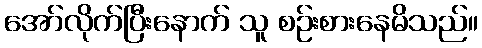
အော်လိုက်ပြီးနောက် သူ စဉ်းစားနေမိသည်။